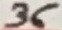
Text: 36